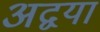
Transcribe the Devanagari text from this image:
अद्वया